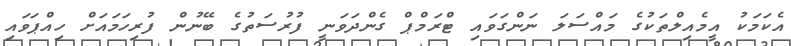
އެކަމަކު އީމެއިލްތަކުގެ މައްސަލަ ނަންގަވައި ޓްރަމްޕް ގެންދަވަނީ ފުރުސަތުގެ ބޭނުން ފުރިހަމައަށް ހިއްޕަވައި